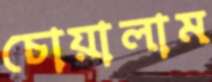
চোয়ালাম